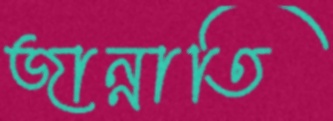
জান্নাতি